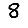
Digit: 8